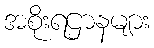
အစိုးရဌာနများ